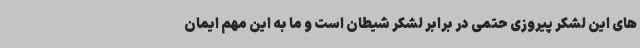
های این لشکر پیروزی حتمی در برابر لشکر شیطان است و ما به این مهم ایمان